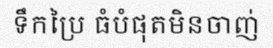
ទឹកប្រៃ ធំបំផុតមិនចាញ់